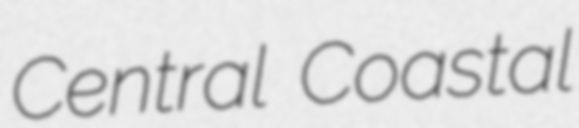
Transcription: Central Coastal